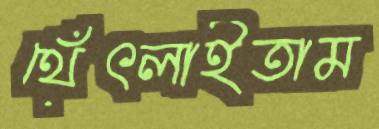
থেঁৎলাইতাম